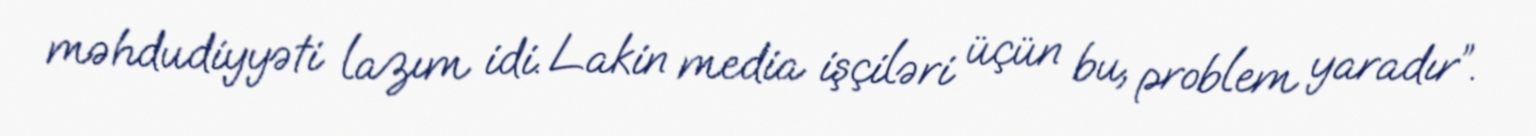
məhdudiyyəti lazım idi. Lakin media işçiləri üçün bu, problem yaradır”.